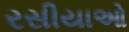
રસીયાઓ